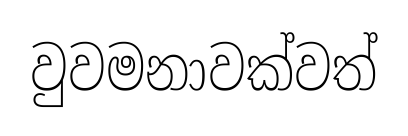
වුවමනාවක්වත්